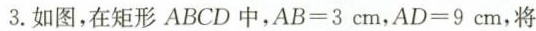
3.如图，在矩形ABCD中，$$A B = 3 c m$$ ，$$A D = 9 c m$$ ，将